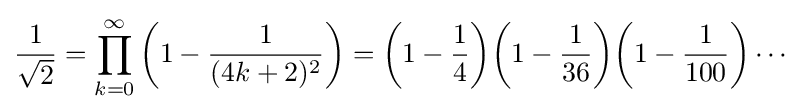
{\frac {1}{\sqrt {2}}}=\prod _{k=0}^{\infty }\left(1-{\frac {1}{(4k+2)^{2}}}\right)=\left(1-{\frac {1}{4}}\right)\!\left(1-{\frac {1}{36}}\right)\!\left(1-{\frac {1}{100}}\right)\cdots